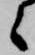
々